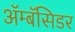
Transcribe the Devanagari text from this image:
ॲम्बॅसिडर